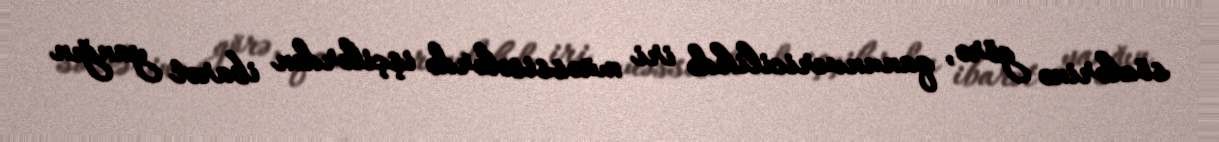
sözlərinə görə, qanunvericilikdə iri müəssisələrdə işçilərdən ibarət yanğın